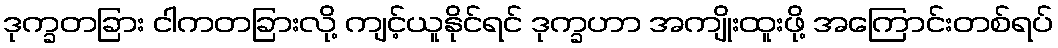
ဒုက္ခတခြား ငါကတခြားလို့ ကျင့်ယူနိုင်ရင် ဒုက္ခဟာ အကျိုးထူးဖို့ အကြောင်းတစ်ရပ်